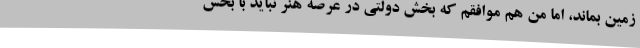
زمین بماند، اما من هم موافقم که بخش دولتی در عرصه هنر نباید با بخش